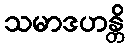
သမာဒဟန္တိ